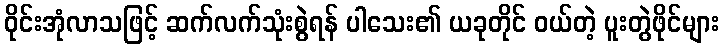
ဝိုင်းအုံလာသဖြင့် ဆက်လက်သုံးစွဲရန် ပါသေး၏ ယခုတိုင် ဝယ်တဲ့ ပူးတွဲဖိုင်များ